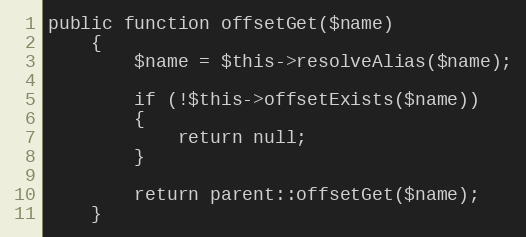
Language: PHP
public function offsetGet($name)
	{
		$name = $this->resolveAlias($name);

		if (!$this->offsetExists($name))
		{
			return null;
		}

		return parent::offsetGet($name);
	}